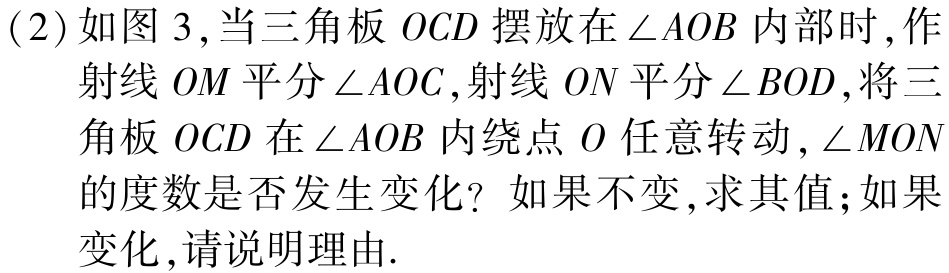
(2)如图 3,当三角板 \(OCD\) 摆放在 \(\angle AOB\) 内部时,作射线 \(OM\) 平分 \(\angle AOC\),射线 \(ON\) 平分 \(\angle BOD\),将三角板 \(OCD\) 在 \(\angle AOB\) 内绕点 \(O\) 任意转动,\(\angle MON\) 的度数是否发生变化？如果不变,求其值;如果变化,请说明理由.